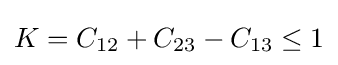
K=C_{12}+C_{23}-C_{13}\leq 1